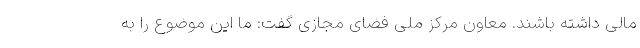
مالی داشته باشند. معاون مرکز ملی فضای مجازی گفت: ما این موضوع را به